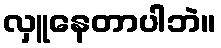
လှူနေတာပါဘဲ။